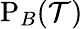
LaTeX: \mathrm{P}_{B}({\cal T})